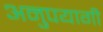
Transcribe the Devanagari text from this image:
अनुपयागी